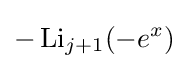
-\operatorname {Li} _{j+1}(-e^{x})